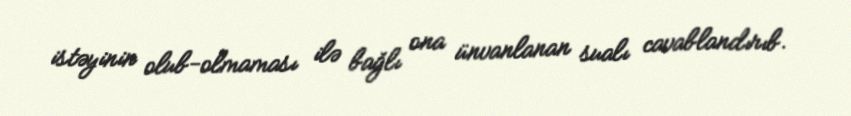
istəyinin olub-olmaması ilə bağlı ona ünvanlanan sualı cavablandırıb.